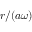
r / ( a \omega )